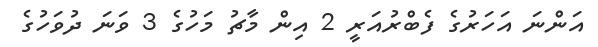
އަންނަ އަހަރުގެ ފެބްރުއަރީ 2 އިން މާޗު މަހުގެ 3 ވަނަ ދުވަހުގެ